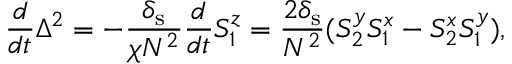
\frac { d } { d t } \Delta ^ { 2 } = - \frac { \delta _ { \mathrm { s } } } { \chi N ^ { 2 } } \frac { d } { d t } S _ { 1 } ^ { z } = \frac { 2 \delta _ { \mathrm { s } } } { N ^ { 2 } } ( S _ { 2 } ^ { y } S _ { 1 } ^ { x } - S _ { 2 } ^ { x } S _ { 1 } ^ { y } ) ,